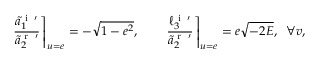
\left. \frac { \tilde { a } _ { 1 } ^ { \textrm { i } \; \prime } } { \tilde { a } _ { 2 } ^ { \textrm { r } \; \prime } } \right\rceil _ { u = e } = - \sqrt { 1 - e ^ { 2 } } , \qquad \left. \frac { \ell _ { 3 } ^ { \textrm { i } \; \prime } } { \tilde { a } _ { 2 } ^ { \textrm { r } \; \prime } } \right\rceil _ { u = e } = e \sqrt { - 2 E } , \; \; \forall v ,